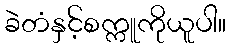
ခဲတံနှင့်စက္ကူကိုယူပါ။